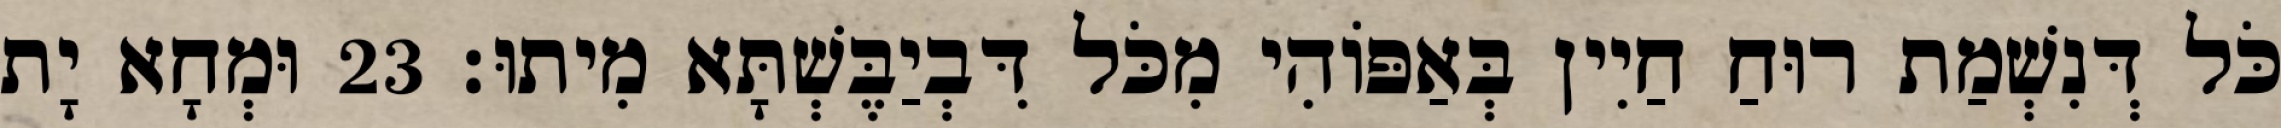
כֹּל דְּנִשְׁמַת רוּחַ חַיִין בְּאַפּוֹהִי מִכֹּל דִּבְיַבֶּשְׁתָּא מִיתוּ׃ 23 וּמְחָא יָת